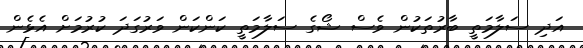
އަދި ސަލާމަތީ ބާރުތަކުން ވެސް ޝޯގެ ސަލާމަތީ ކަންކަން ވަރުގަދަ ކުރުމަށް އެޅެން